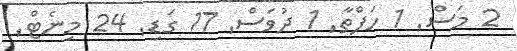
2 މަސް